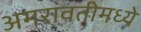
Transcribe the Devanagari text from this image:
अमरावतीमध्ये